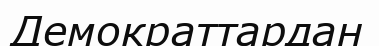
Демократтардан